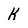
Character: K